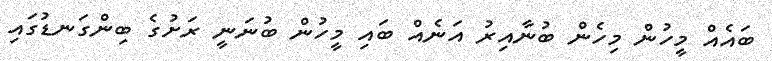
ބައެއް މީހުން މިހެން ބުނާއިރު އަނެއް ބައި މީހުން ބުނަނީ ރަށުގެ ބިންގަނޑުގައި